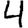
Digit: 4